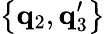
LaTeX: \left\{ \mathbf{q}_{2},\mathbf{q}_{3}^{\prime}\right\}